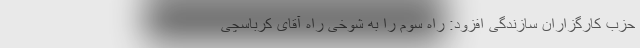
حزب کارگزاران سازندگی افزود: راه سوم را به شوخی راه آقای کرباسچی